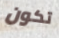
تكون